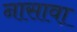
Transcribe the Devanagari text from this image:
नासावा